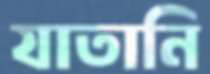
যাতানি